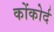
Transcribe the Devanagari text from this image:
कोंकोर्द